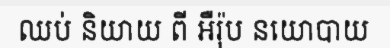
ឈប់ និយាយ ពី អឺរ៉ុប នយោបាយ